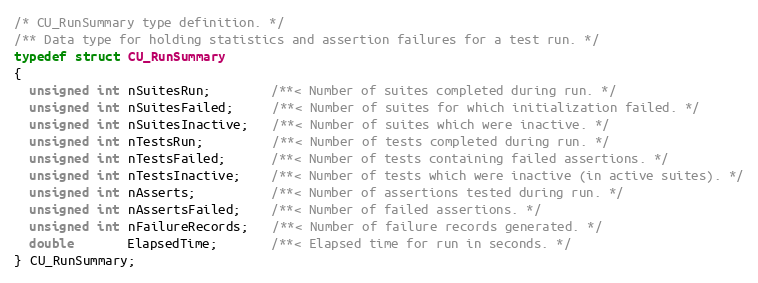
Language: C
/* CU_RunSummary type definition. */
/** Data type for holding statistics and assertion failures for a test run. */
typedef struct CU_RunSummary
{
  unsigned int nSuitesRun;        /**< Number of suites completed during run. */
  unsigned int nSuitesFailed;     /**< Number of suites for which initialization failed. */
  unsigned int nSuitesInactive;   /**< Number of suites which were inactive. */
  unsigned int nTestsRun;         /**< Number of tests completed during run. */
  unsigned int nTestsFailed;      /**< Number of tests containing failed assertions. */
  unsigned int nTestsInactive;    /**< Number of tests which were inactive (in active suites). */
  unsigned int nAsserts;          /**< Number of assertions tested during run. */
  unsigned int nAssertsFailed;    /**< Number of failed assertions. */
  unsigned int nFailureRecords;   /**< Number of failure records generated. */
  double       ElapsedTime;       /**< Elapsed time for run in seconds. */
} CU_RunSummary;